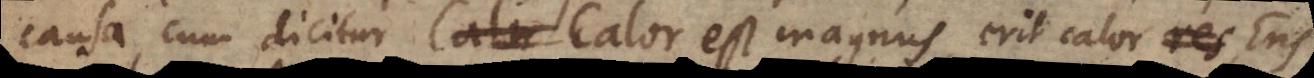
causa, cum dicitur Calor est magnus, erit calor res,